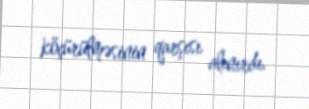
köçürülməsinin qarşısı alınırdı.